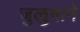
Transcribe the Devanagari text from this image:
जुलुमाने